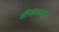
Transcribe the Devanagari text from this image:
मीसाबन्दी